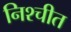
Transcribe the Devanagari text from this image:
निश्‍चीत